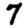
Digit: 7